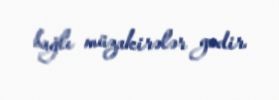
bağlı müzakirələr gedir.